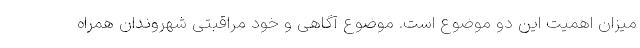
میزان اهمیت این دو موضوع است. موضوع آگاهی و خود مراقبتی شهروندان همراه